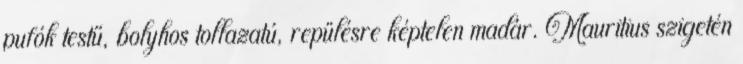
pufók testű, bolyhos tollazatú, repülésre képtelen madár. Mauritius szigetén